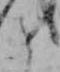
と